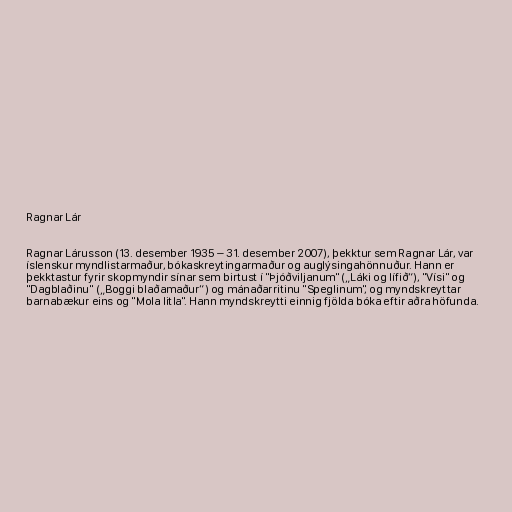
Ragnar Lár

Ragnar Lárusson (13. desember 1935 – 31. desember 2007), þekktur sem Ragnar Lár, var
íslenskur myndlistarmaður, bókaskreytingarmaður og auglýsingahönnuður. Hann er
þekktastur fyrir skopmyndir sínar sem birtust í "Þjóðviljanum" („Láki og lífið“), "Vísi" og
"Dagblaðinu" („Boggi blaðamaður“) og mánaðarritinu "Speglinum", og myndskreyttar
barnabækur eins og "Mola litla". Hann myndskreytti einnig fjölda bóka eftir aðra höfunda.